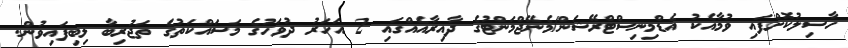
ހާސިލުކޮށްފައި ވުމާއެކު އެޑްމިނިސްޓްރޭޝަން/މެނޭޖްމަންޓުގެ ދާއިރާއެއްގައި 2 އަހަރު ދުވަހުގެ މަސައްކަތުގެ ތަޖުރިބާ ލިބިފައިވުން.